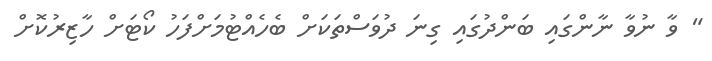
" ވާ ނުވާ ނާންގައި ބަންދުގައި ގިނަ ދުވަސްތަކަށް ބެހެއްޓުމަށްފަހު ކޯޓަށް ހާޒިރުކޮށް